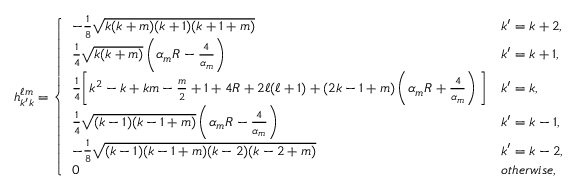
h _ { k ^ { \prime } k } ^ { \ell m } = \left\{ \begin{array} { l l } { - \frac { 1 } { 8 } \sqrt { k ( k + m ) ( k + 1 ) ( k + 1 + m ) } } & { k ^ { \prime } = k + 2 , } \\ { \frac { 1 } { 4 } \sqrt { k ( k + m ) } \left( \alpha _ { m } R - \frac { 4 } { \alpha _ { m } } \right) } & { k ^ { \prime } = k + 1 , } \\ { \frac { 1 } { 4 } \bigg [ k ^ { 2 } - k + k m - \frac { m } { 2 } + 1 + 4 R + 2 \ell ( \ell + 1 ) + ( 2 k - 1 + m ) \left( \alpha _ { m } R + \frac { 4 } { \alpha _ { m } } \right) \bigg ] } & { k ^ { \prime } = k , } \\ { \frac { 1 } { 4 } \sqrt { ( k - 1 ) ( k - 1 + m ) } \left( \alpha _ { m } R - \frac { 4 } { \alpha _ { m } } \right) } & { k ^ { \prime } = k - 1 , } \\ { - \frac { 1 } { 8 } \sqrt { ( k - 1 ) ( k - 1 + m ) ( k - 2 ) ( k - 2 + m ) } } & { k ^ { \prime } = k - 2 , } \\ { 0 } & { o t h e r w i s e , } \end{array} \right.